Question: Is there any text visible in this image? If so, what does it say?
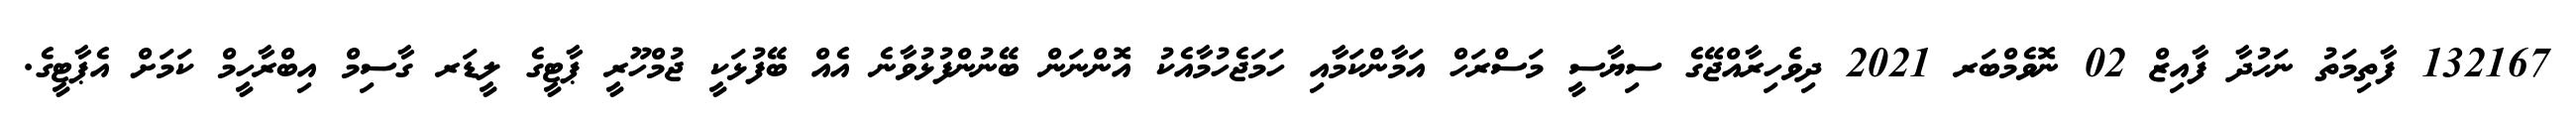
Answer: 132167 ފާތިމަތު ނަހުދާ ފާއިޒް 02 ނޮވެމްބަރ 2021 ދިވެހިރާއްޖޭގެ ސިޔާސީ މަސްރަހް އަމާންކަމާއި ހަމަޖެހުމާއެކު އޮންނަން ބޭނުންފުޅުވާނެ އެއް ބޭފުޅަކީ ޖުމްހޫރީ ޕާޓީގެ ލީޑަރ ގާސިމް އިބްރާހީމް ކަމަށް އެޕާޓީގެ.